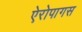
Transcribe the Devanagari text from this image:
ऐरोपागस